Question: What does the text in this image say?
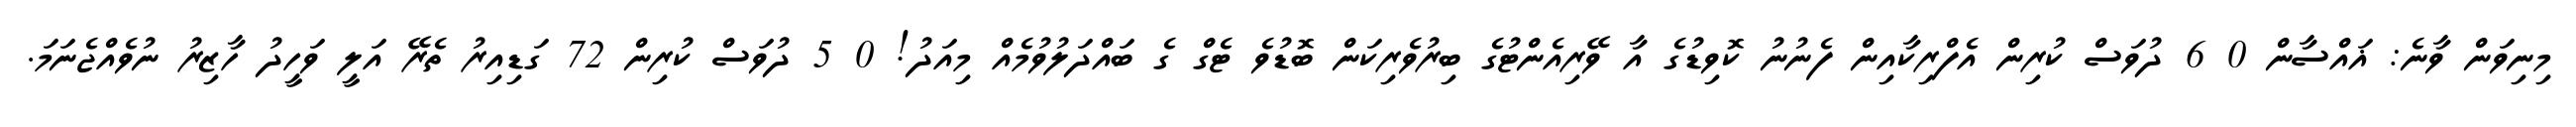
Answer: މިނިވަން ވާނެ: ޣައްސާން 0 6 ދުވަސް ކުރިން އެފްރިކާއިން ފެނުނު ކޮވިޑުގެ އާ ވޭރިއެންޓުގެ ބިރުވެރިކަން ބޮޑުވެ ޓެގް ގެ ބައްދަލުވުމެއް މިއަދު! 0 5 ދުވަސް ކުރިން 72 ގަޑިއިރު ތެރޭ އަލީ ވަހީދު ހާޒިރު ނުވެއްޖެނަމަ.